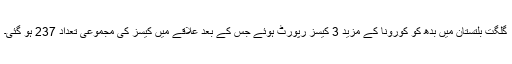
گلگت بلتستان میں بدھ کو کورونا کے مزید 3 کیسز رپورٹ ہوئے جس کے بعد علاقے میں کیسز کی مجموعی تعداد 237 ہو گئی۔